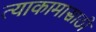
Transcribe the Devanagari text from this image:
त्याकामासाठी